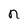
Character: n